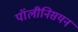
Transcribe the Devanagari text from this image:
पॉलीनिसयन